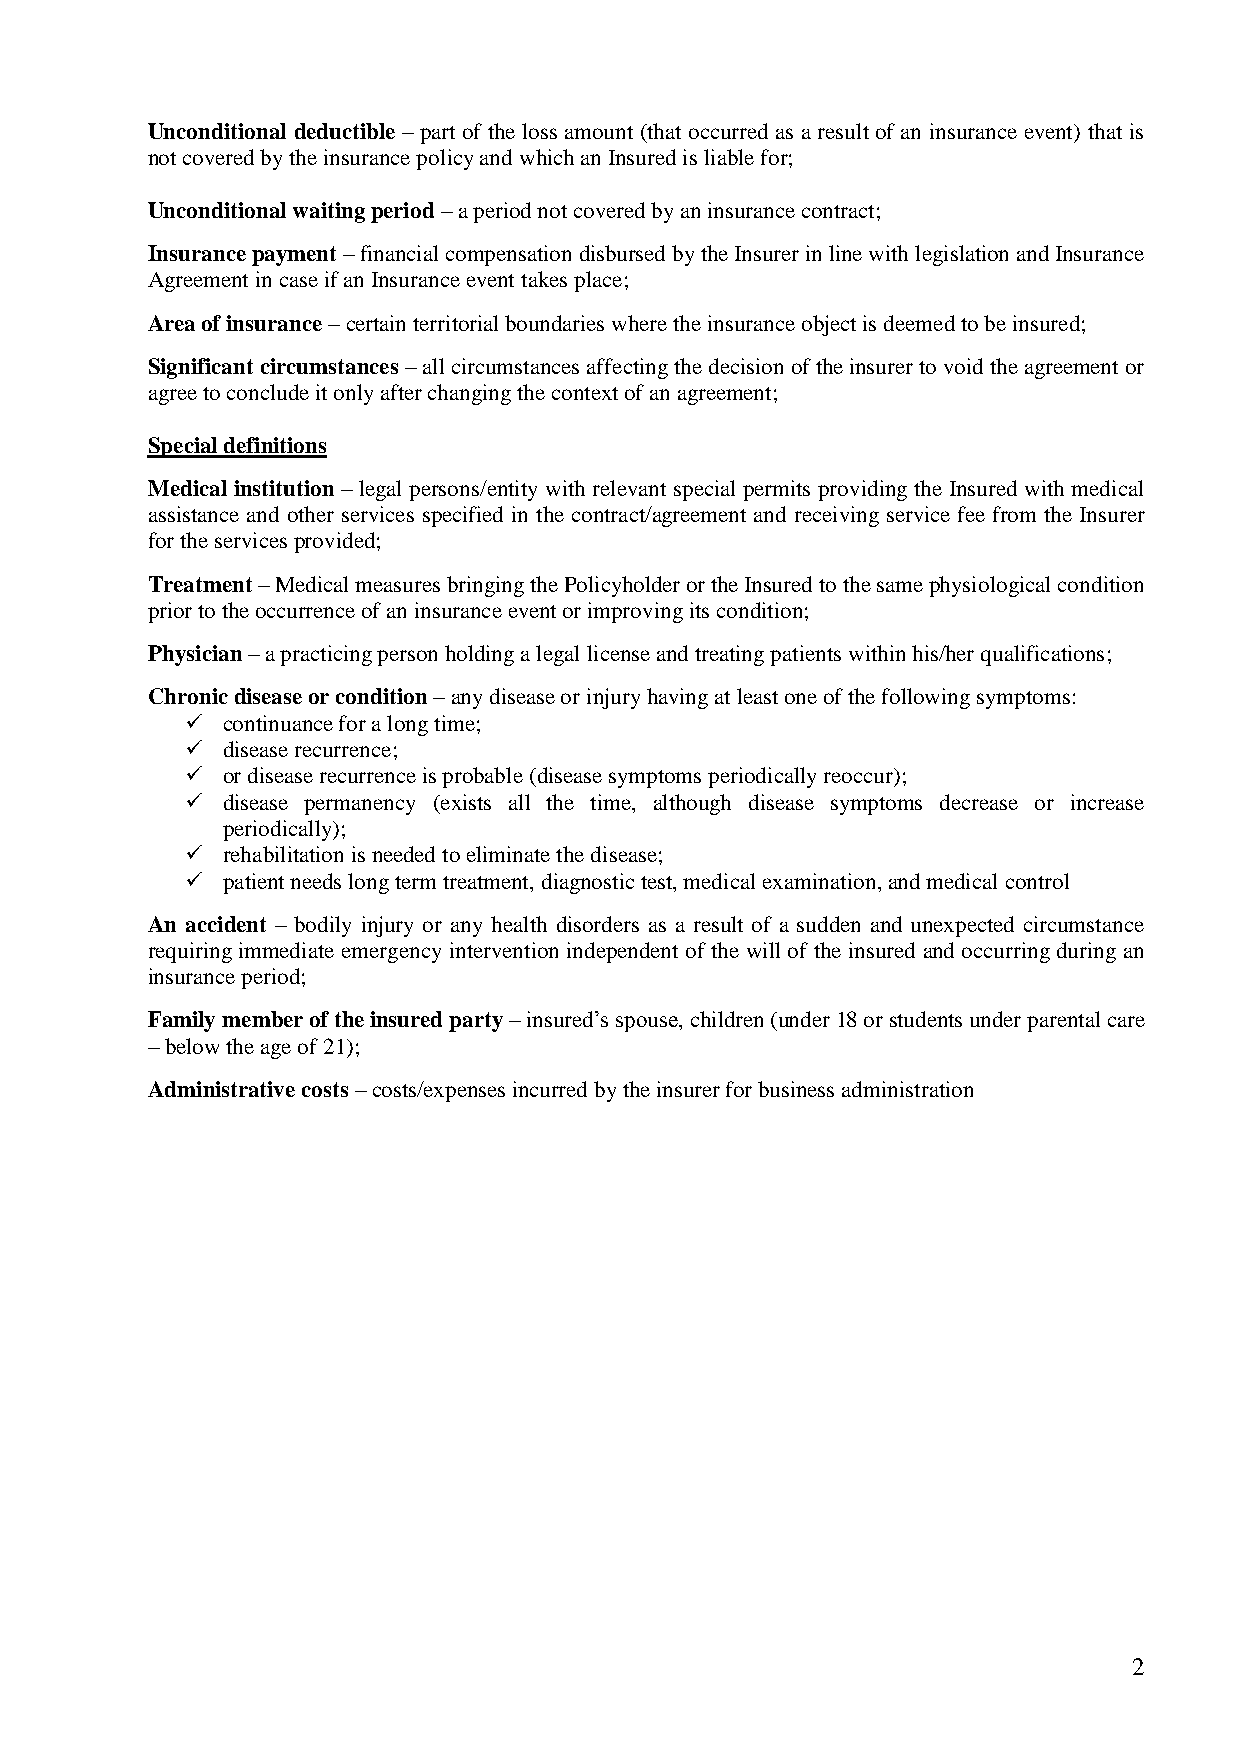
Unconditional deductible – part of the loss amount (that occurred as a result of an insurance event) that is
 not covered by the insurance policy and which an Insured is liable for;
 Unconditional waiting period – a period not covered by an insurance contract;
 Insurance payment – financial compensation disbursed by the Insurer in line with legislation and Insurance
 Agreement in case if an Insurance event takes place;
 Area of insurance – certain territorial boundaries where the insurance object is deemed to be insured;
 Significant circumstances – all circumstances affecting the decision of the insurer to void the agreement or
 agree to conclude it only after changing the context of an agreement;
 Special definitions
 Medical institution – legal persons/entity with relevant special permits providing the Insured with medical
 assistance and other services specified in the contract/agreement and receiving service fee from the Insurer
 for the services provided;
 Treatment – Medical measures bringing the Policyholder or the Insured to the same physiological condition
 prior to the occurrence of an insurance event or improving its condition;
 Physician – a practicing person holding a legal license and treating patients within his/her qualifications;
 Chronic disease or condition – any disease or injury having at least one of the following symptoms:
   continuance for a long time;
   disease recurrence;
   or disease recurrence is probable (disease symptoms periodically reoccur);
   disease permanency (exists all the time, although disease symptoms decrease or increase
 periodically);
   rehabilitation is needed to eliminate the disease;
   patient needs long term treatment, diagnostic test, medical examination, and medical control
 An accident – bodily injury or any health disorders as a result of a sudden and unexpected circumstance
 requiring immediate emergency intervention independent of the will of the insured and occurring during an
 insurance period;
 Family member of the insured party – insured’s spouse, children (under 18 or students under parental care
 – below the age of 21);
 Administrative costs – costs/expenses incurred by the insurer for business administration
 2